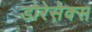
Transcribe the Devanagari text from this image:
डोरेसेक्स